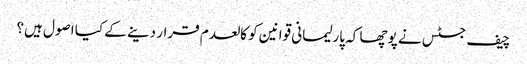
چیف جسٹس نے پوچھا کہ پارلیمانی قوانین کو کالعدم قرار دینے کے کیا اصول ہیں؟